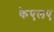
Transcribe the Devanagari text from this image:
केएलए